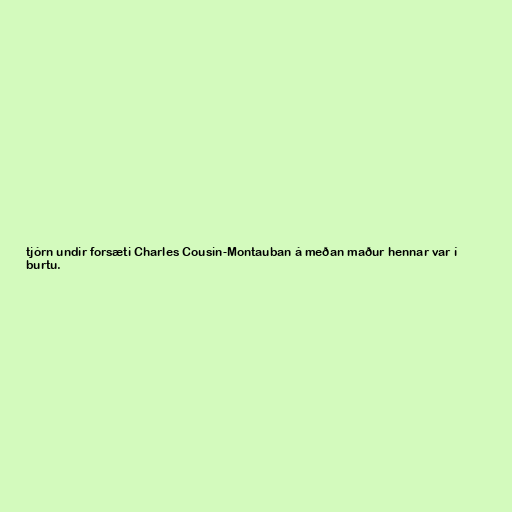
tjórn undir forsæti Charles Cousin-Montauban á meðan maður hennar var í
burtu.